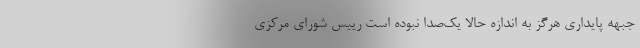
جبهه پایداری هرگز به اندازه حالا یک‌صدا نبوده است رییس شورای مرکزی